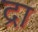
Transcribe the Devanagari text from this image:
द्रा